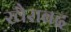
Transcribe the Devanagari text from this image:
खैराबद